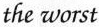
the worst